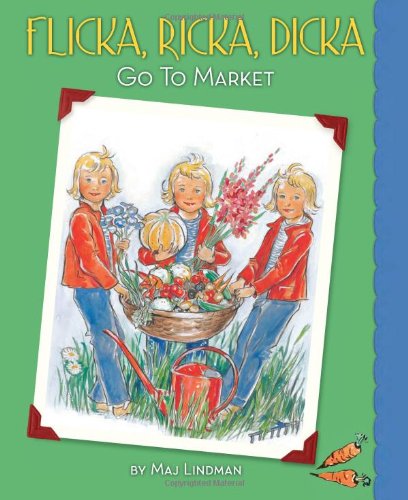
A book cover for Flicka, Ricka, Dicka Go to Market (Flicka, Ricka, Dicka Books); Maj Lindman; Children's Books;